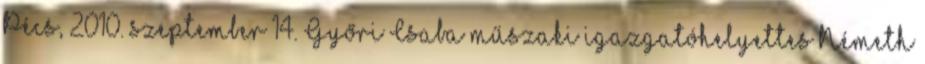
Pécs, 2010. szeptember 14. Győri Csaba műszaki igazgatóhelyettes Németh